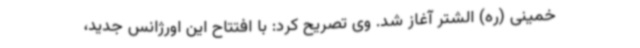
خمینی (ره) الشتر آغاز شد. وی تصریح کرد: با افتتاح این اورژانس جدید،